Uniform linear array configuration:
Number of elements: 4
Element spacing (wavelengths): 0.5
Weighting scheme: uniform
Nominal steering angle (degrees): -30
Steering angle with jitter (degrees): -31.803
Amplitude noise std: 0.05
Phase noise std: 0.05

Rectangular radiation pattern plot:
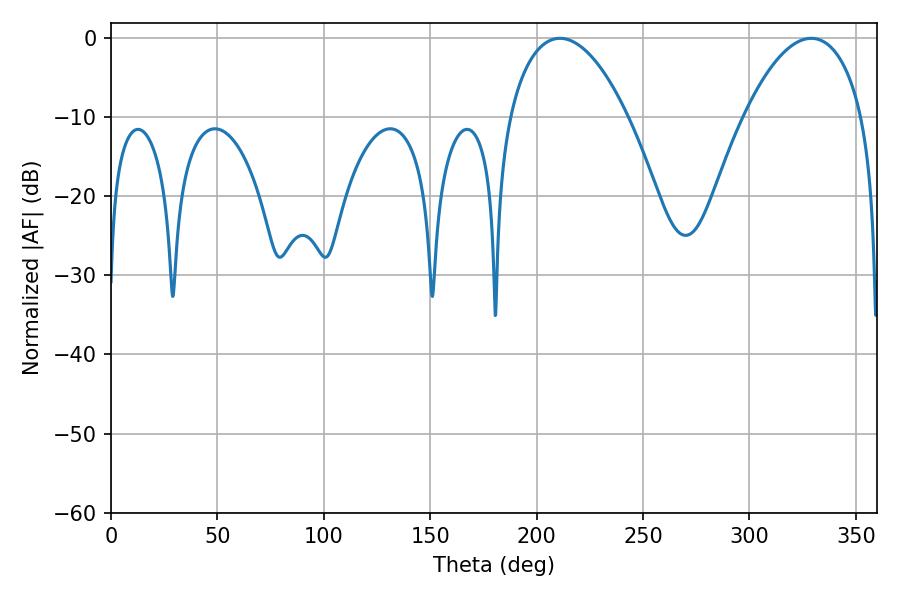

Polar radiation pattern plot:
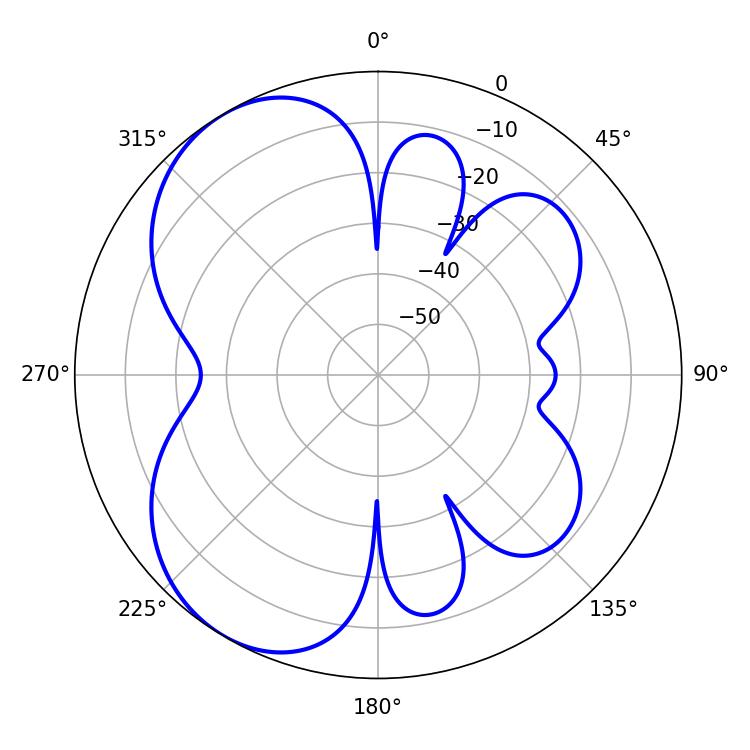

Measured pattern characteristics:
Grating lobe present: FALSE
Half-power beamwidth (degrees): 31.14
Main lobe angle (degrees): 210.96